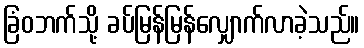
ခြံဝဘက်သို့ ခပ်မြန်မြန်လျှောက်လာခဲ့သည်။